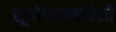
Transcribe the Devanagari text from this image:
सूर्योदयाच्यावेळी